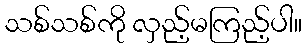
သစ်သစ်ကို လှည့်မကြည့်ပါ။